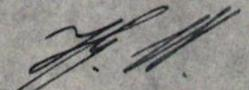
Hj. W.